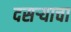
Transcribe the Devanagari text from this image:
दसऱ्याचा